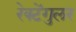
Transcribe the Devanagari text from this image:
रेक्टेंगुलर